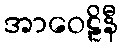
အာဝေဠိနီ